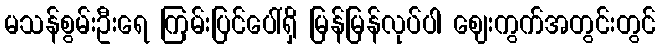
မသန်စွမ်းဦးရေ ကြမ်းပြင်ပေါ်ရှိ မြန်မြန်လုပ်ပါ ဈေးကွက်အတွင်းတွင်